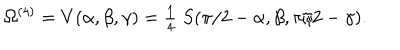
LaTeX: \Omega ^ { ( 4 ) } = V ( \alpha , \beta , \gamma ) = { \textstyle { \frac { 1 } { 4 } } } \; S ( \pi / 2 - \alpha , \beta , \pi / 2 - \gamma ) .